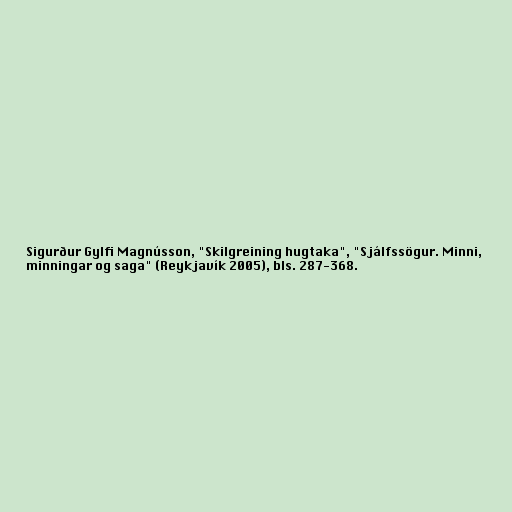
Sigurður Gylfi Magnússon, "Skilgreining hugtaka", "Sjálfssögur. Minni,
minningar og saga" (Reykjavík 2005), bls. 287-368.